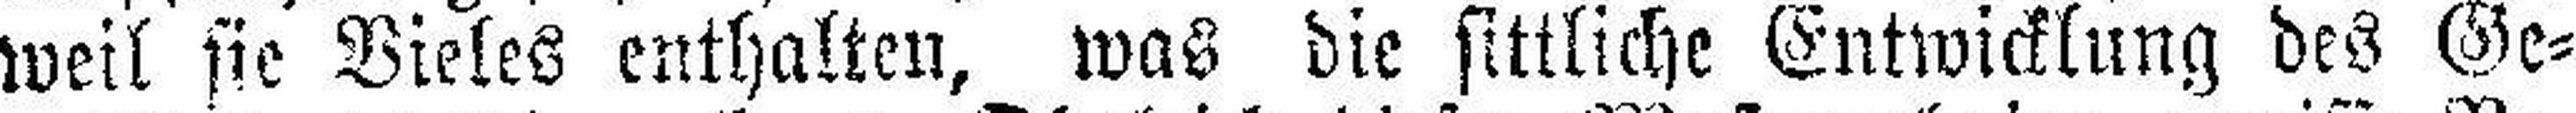
weil sie Vieles enthalten, was die sittliche Entwicklung des Ge¬